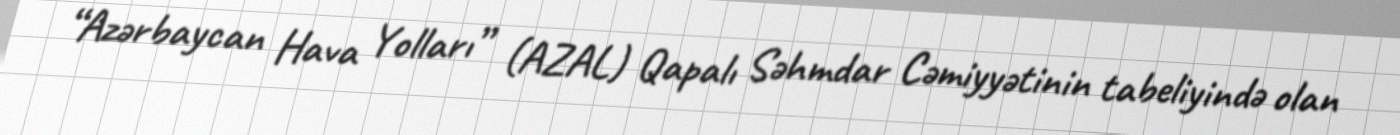
“Azərbaycan Hava Yolları” (AZAL) Qapalı Səhmdar Cəmiyyətinin tabeliyində olan